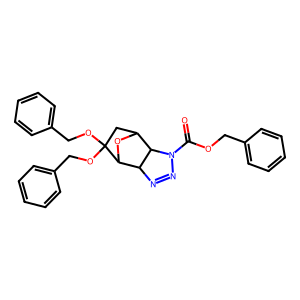
SMILES: O=C(OCc1ccccc1)N1N=NC2C1C1CC(OCc3ccccc3)(OCc3ccccc3)C2O1
Inhibits HIV replication: No